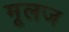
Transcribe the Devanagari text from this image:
मूलज